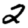
Digit: 2